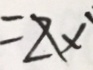
= 2 x